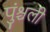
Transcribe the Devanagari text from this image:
पुंश्चली